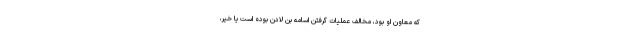
که معاون او بود، مخالف عملیات گرفتن اسامه بن لادن بوده است یا خیر،